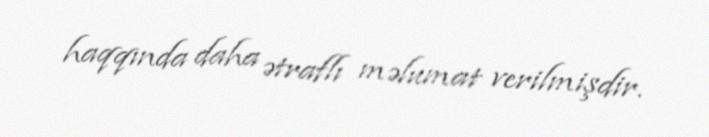
haqqında daha ətraflı məlumat verilmişdir.